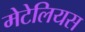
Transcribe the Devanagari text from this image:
मेटेलियस